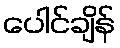
ပေါင်ချိန်